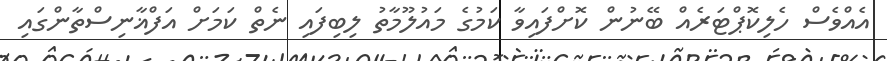
އެއްވެސް ހެލިކޮޕްޓަރެއް ބޭނުން ކޮށްފައިވާ ކަމުގެ މައުލޫމާތު ލިބިފައި ނެތް ކަމަށް އަފްޣާނިސްތާންގައި